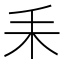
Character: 𦓤